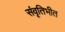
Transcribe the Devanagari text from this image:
संवृतिभीत